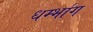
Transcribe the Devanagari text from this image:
धर्म्भाग